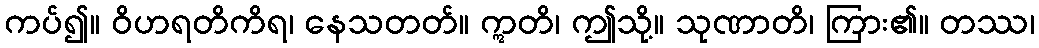
ကပ်၍။ ဝိဟရတိကိရ၊ နေသတတ်။ ဣတိ၊ ဤသို့။ သုဏာတိ၊ ကြား၏။ တဿ၊